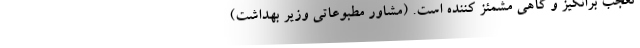
تعجب برانگیز و گاهی مشمئز کننده است. (مشاور مطبوعاتی وزیر بهداشت)